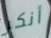
أنكر